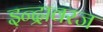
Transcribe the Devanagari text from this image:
इन्द्रावरज